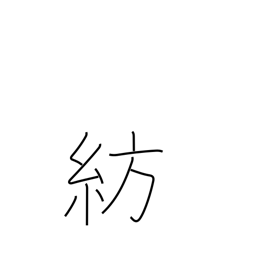
Meaning: spinning